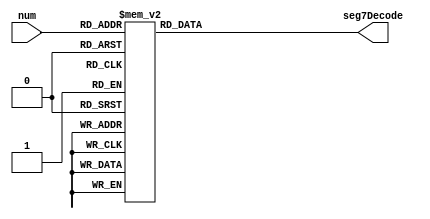
module Seg7Decode(num, seg7Decode);
input [3:0] num;
output reg [7:0] seg7Decode;
always@ (num)
begin
	case(num)
		0 : seg7Decode = 8'b11000000;
		1 : seg7Decode = 8'b11111001;
		2 : seg7Decode = 8'b10100100;
		3 : seg7Decode = 8'b10110000;
		4 : seg7Decode = 8'b10011001;
		5 : seg7Decode = 8'b10010010;
		6 : seg7Decode = 8'b10000010;
		7 : seg7Decode = 8'b11011000;
		8 : seg7Decode = 8'b10000000;
		9 : seg7Decode = 8'b10010000;
		default:
			seg7Decode = 8'b11111111;
	endcase
end
endmodule